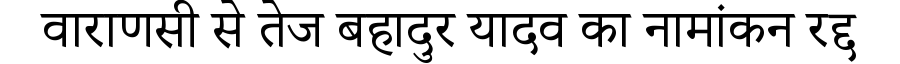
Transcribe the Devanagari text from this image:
वाराणसी से तेज बहादुर यादव का नामांकन रद्द